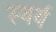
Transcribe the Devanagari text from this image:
स्थर्य